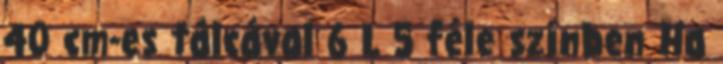
40 cm-es tálcával 6 L 5 féle színben Ha